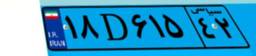
۱۸D۶۱۵۴۲